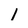
Character: 1